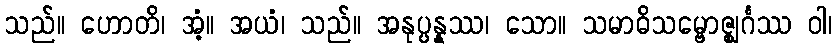
သည်။ ဟောတိ၊ အံ့။ အယံ၊ သည်။ အနုပ္ပန္နဿ၊ သော။ သမာဓိသမ္ဗောဇ္ဈင်္ဂဿ ဝါ၊